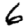
Digit: 6